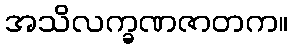
အသိလက္ခဏဇာတက။